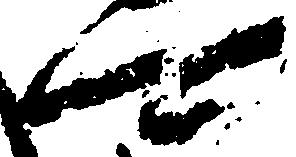
可